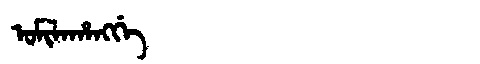
Manchu: ᠣᠮᡳᠯᠠᡥᠠᠩᡤᡝ
Romanization: OMILAHANGGE